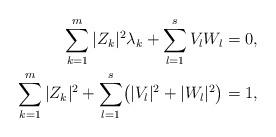
LaTeX: \begin{align*} \sum_{k=1}^{m}|Z_{k}|^{2}\lambda_{k} + \sum_{l=1}^{s} V_{l} W_{l} &= 0, \\ \sum_{k=1}^{m}|Z_{k}|^{2} + \sum_{l=1}^{s} \bigl(|V_{l}|^{2} + |W_{l}|^{2}\bigr) &= 1, \end{align*}